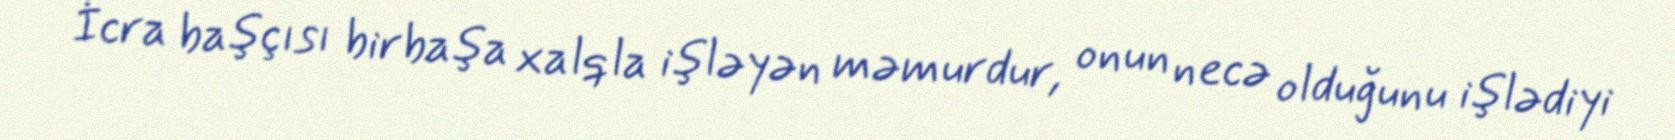
İcra başçısı birbaşa xalqla işləyən məmurdur, onun necə olduğunu işlədiyi